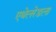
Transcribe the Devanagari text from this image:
एथेलरेडला